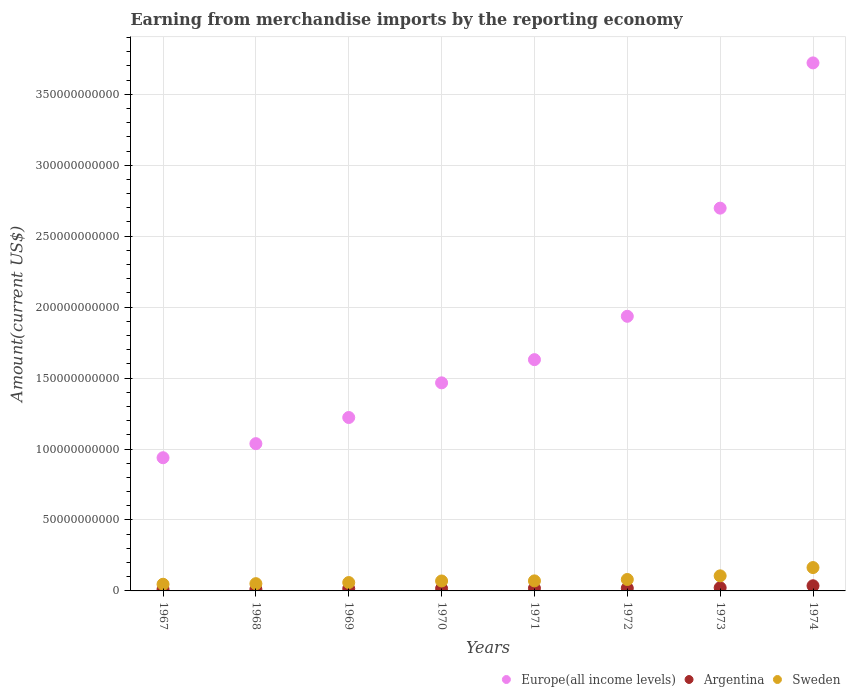
| Years | Europe(all income levels) | Argentina | Sweden |
 | --- | --- | --- | --- |
 | 1967 | 9.39e+10 | 1.1e+09 | 4.7e+09 |
 | 1968 | 1.04e+11 | 1.17e+09 | 5.12e+09 |
 | 1969 | 1.22e+11 | 1.58e+09 | 5.9e+09 |
 | 1970 | 1.47e+11 | 1.68e+09 | 7.01e+09 |
 | 1971 | 1.63e+11 | 1.87e+09 | 7.08e+09 |
 | 1972 | 1.94e+11 | 1.9e+09 | 8.06e+09 |
 | 1973 | 2.7e+11 | 2.24e+09 | 1.06e+10 |
 | 1974 | 3.72e+11 | 3.64e+09 | 1.65e+10 |